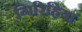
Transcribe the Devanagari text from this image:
गिरिहिया